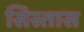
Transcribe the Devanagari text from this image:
सिस्तास